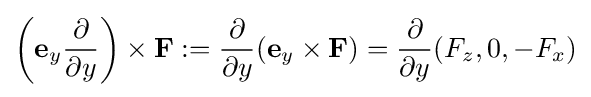
\left(\mathbf {e} _{y}{\partial  \over \partial y}\right)\times \mathbf {F} :={\partial  \over \partial y}(\mathbf {e} _{y}\times \mathbf {F} )={\partial  \over \partial y}(F_{z},0,-F_{x})